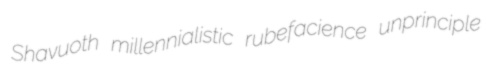
Shavuoth millennialistic rubefacience unprinciple